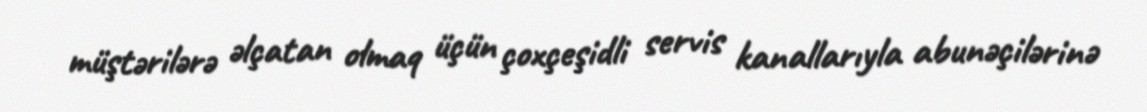
müştərilərə əlçatan olmaq üçün çoxçeşidli servis kanallarıyla abunəçilərinə